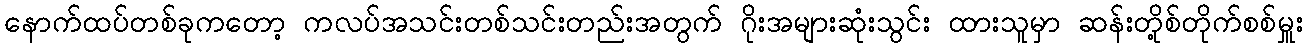
နောက်ထပ်တစ်ခုကတော့ ကလပ်အသင်းတစ်သင်းတည်းအတွက် ဂိုးအများဆုံးသွင်း ထားသူမှာ ဆန်းတို့စ်တိုက်စစ်မှူး